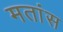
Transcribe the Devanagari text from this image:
मतांस